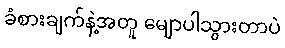
ခံစားချက်နဲ့အတူ မျောပါသွားတာပဲ